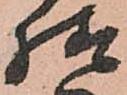
様